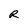
Character: R